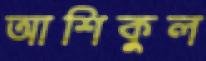
আশিকুল